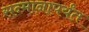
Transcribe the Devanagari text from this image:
सन्मानापर्यंत